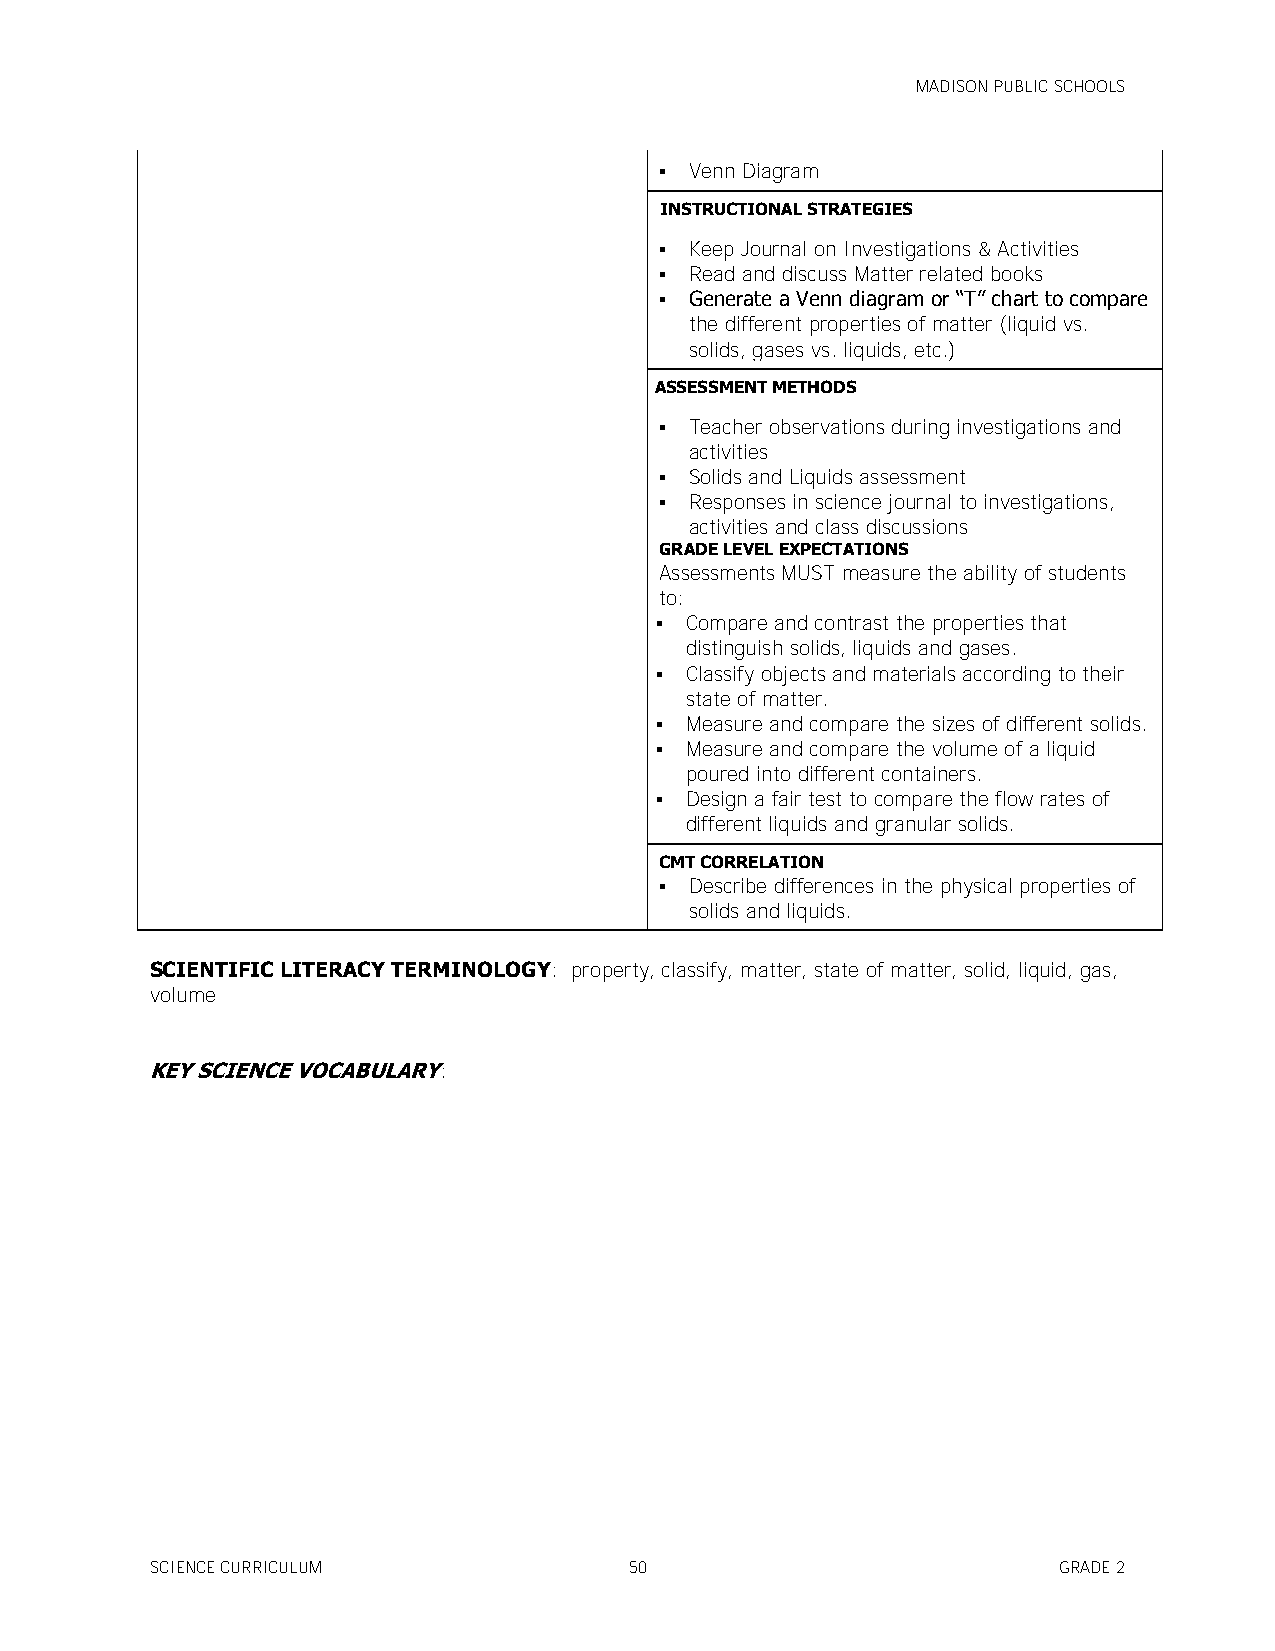
MADISON PUBLIC SCHOOLS
  Venn Diagram
 INSTRUCTIONAL STRATEGIES
  Keep Journal on Investigations & Activities
  Read and discuss Matter related books
  Generate a Venn diagram or ―T‖ chart to compare
 the different properties of matter (liquid vs.
 solids, gases vs. liquids, etc.)
 ASSESSMENT METHODS
  Teacher observations during investigations and
 activities
  Solids and Liquids assessment
  Responses in science journal to investigations,
 activities and class discussions
 GRADE LEVEL EXPECTATIONS
 Assessments MUST measure the ability of students
 to:
  Compare and contrast the properties that
 distinguish solids, liquids and gases.
  Classify objects and materials according to their
 state of matter.
  Measure and compare the sizes of different solids.
  Measure and compare the volume of a liquid
 poured into different containers.
  Design a fair test to compare the flow rates of
 different liquids and granular solids.
 CMT CORRELATION
  Describe differences in the physical properties of
 solids and liquids.
 SCIENTIFIC LITERACY TERMINOLOGY: property, classify, matter, state of matter, solid, liquid, gas,
 volume
 KEY SCIENCE VOCABULARY:
 SCIENCE CURRICULUM              50                          GRADE 2